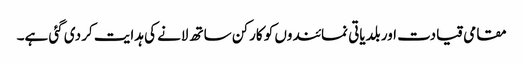
مقامی قیادت اور بلدیاتی نمائندوں کو کارکن ساتھ لانے کی ہدایت کر دی گئی ہے۔